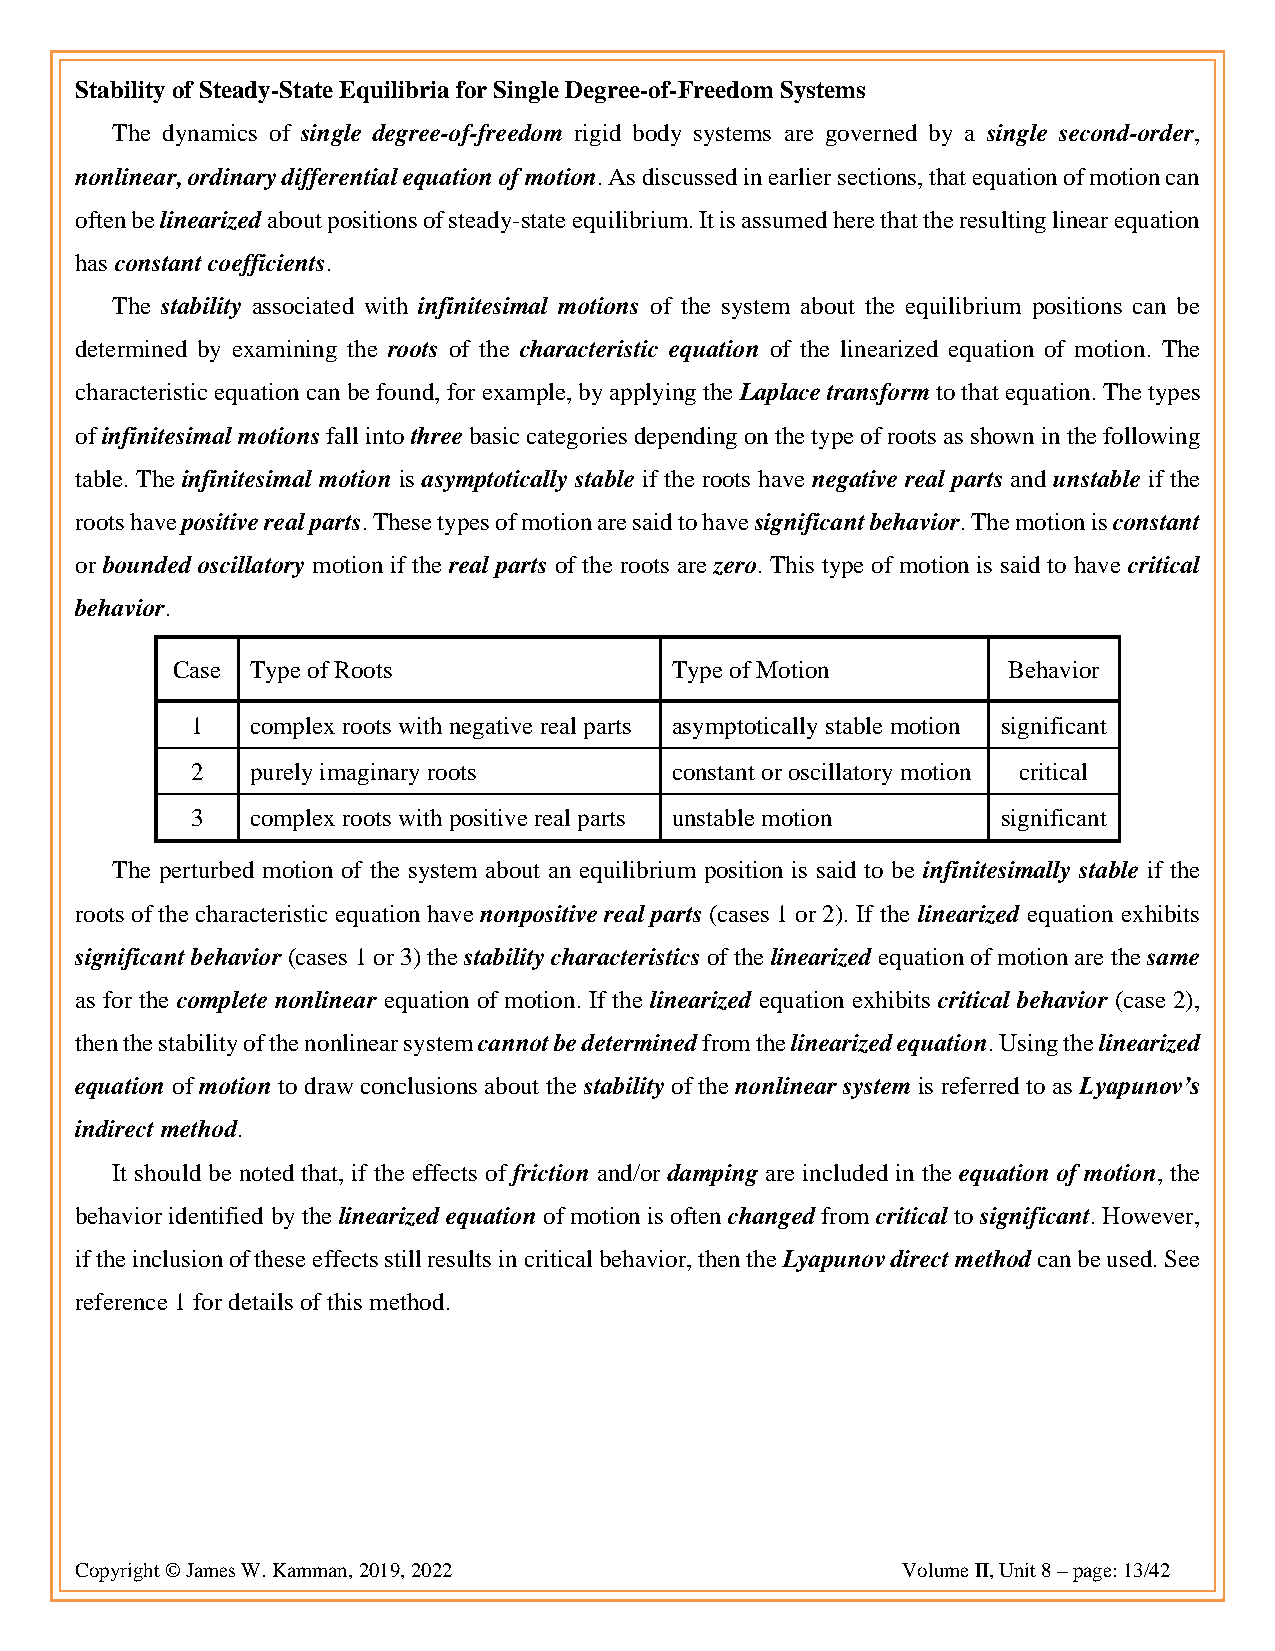
Stability of Steady-State Equilibria for Single Degree-of-Freedom Systems
 The dynamics of single degree-of-freedom rigid body systems are governed by a single second-order,
 nonlinear, ordinary differential equation of motion. As discussed in earlier sections, that equation of motion can
 often be linearized about positions of steady-state equilibrium. It is assumed here that the resulting linear equation
 has constant coefficients.
 The stability associated with infinitesimal motions of the system about the equilibrium positions can be
 determined by examining the roots of the characteristic equation of the linearized equation of motion. The
 characteristic equation can be found, for example, by applying the Laplace transform to that equation. The types
 of infinitesimal motions fall into three basic categories depending on the type of roots as shown in the following
 table. The infinitesimal motion is asymptotically stable if the roots have negative real parts and unstable if the
 roots have positive real parts. These types of motion are said to have significant behavior. The motion is constant
 or bounded oscillatory motion if the real parts of the roots are zero. This type of motion is said to have critical
 behavior.
 Case  Type of Roots              Type of Motion         Behavior
 1   complex roots with negative real parts asymptotically stable motion significant
 2   purely imaginary roots     constant or oscillatory motion critical
 3   complex roots with positive real parts unstable motion significant
 The perturbed motion of the system about an equilibrium position is said to be infinitesimally stable if the
 roots of the characteristic equation have nonpositive real parts (cases 1 or 2). If the linearized equation exhibits
 significant behavior (cases 1 or 3) the stability characteristics of the linearized equation of motion are the same
 as for the complete nonlinear equation of motion. If the linearized equation exhibits critical behavior (case 2),
 then the stability of the nonlinear system cannot be determined from the linearized equation. Using the linearized
 equation of motion to draw conclusions about the stability of the nonlinear system is referred to as Lyapunov’s
 indirect method.
 It should be noted that, if the effects of friction and/or damping are included in the equation of motion, the
 behavior identified by the linearized equation of motion is often changed from critical to significant. However,
 if the inclusion of these effects still results in critical behavior, then the Lyapunov direct method can be used. See
 reference 1 for details of this method.
 Copyright © James W. Kamman, 2019, 2022                Volume II, Unit 8 – page: 13/42